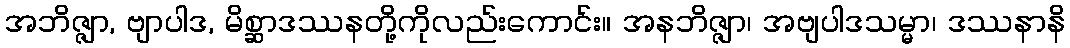
အဘိဇ္ဇျာ, ဗျာပါဒ, မိစ္ဆာဒဿနတို့ကိုလည်းကောင်း။ အနဘိဇ္ဇျာ၊ အဗျပါဒသမ္မာ၊ ဒဿနာနိ